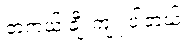
တကယ် ချီးကျူးပါတယ်။